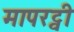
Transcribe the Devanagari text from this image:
मापरट्वी